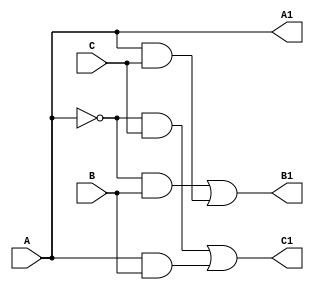

module cswap(A1, B1, C1, A, B, C);
    output A1, B1, C1;
    input A, B, C;

    wire Ab, B11, B12, C11, C12;
    buf (A1, A);
    not (Ab, A);
    and (B11, Ab, B);
    and (B12, A, C);
    or (B1, B11, B12);
    and (C11, Ab, C);
    and (C12, A, B);
    or (C1, C11, C12);

endmodule

module cswap_fa(s, cout, a, b, cin);
    output s, cout;
    input a, b, cin;
    
    //see https://en.wikipedia.org/wiki/File:Full_Adder_using_reversible_Fredkin_gates.svg
    wire i1, i2, i3;
    wire j1, j2, j3;
    wire k1, k2, k3;
    wire l1, l2, l3;
    wire m1, m2, m3;
    cswap g1(i1, i2, i3, a, 1'b0, 1'b1);
    cswap g2(j1, j2, j3, b, i2, i3);
    cswap g3(k1, k2, k3, cin, j2, j3);
    cswap g4(s, l2, l3, k2, k1, k3);
    cswap g5(m1, cout, m3, j1, l2, l3);

endmodule